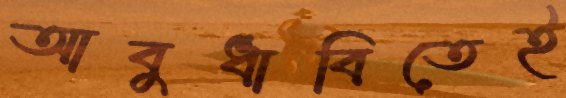
আবুধাবিতেই